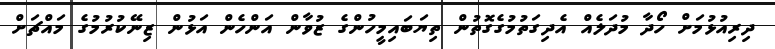
ދިރިއުޅުމަށް ހޯދާ މުދަލެއް އެދިގަތުމުގެގޮތުން ތިޔަބައިމީހުންގެ ޒުވާން އަންހެން އަޅުން ޒިނޭކުރުމުގެ މައްޗަށް